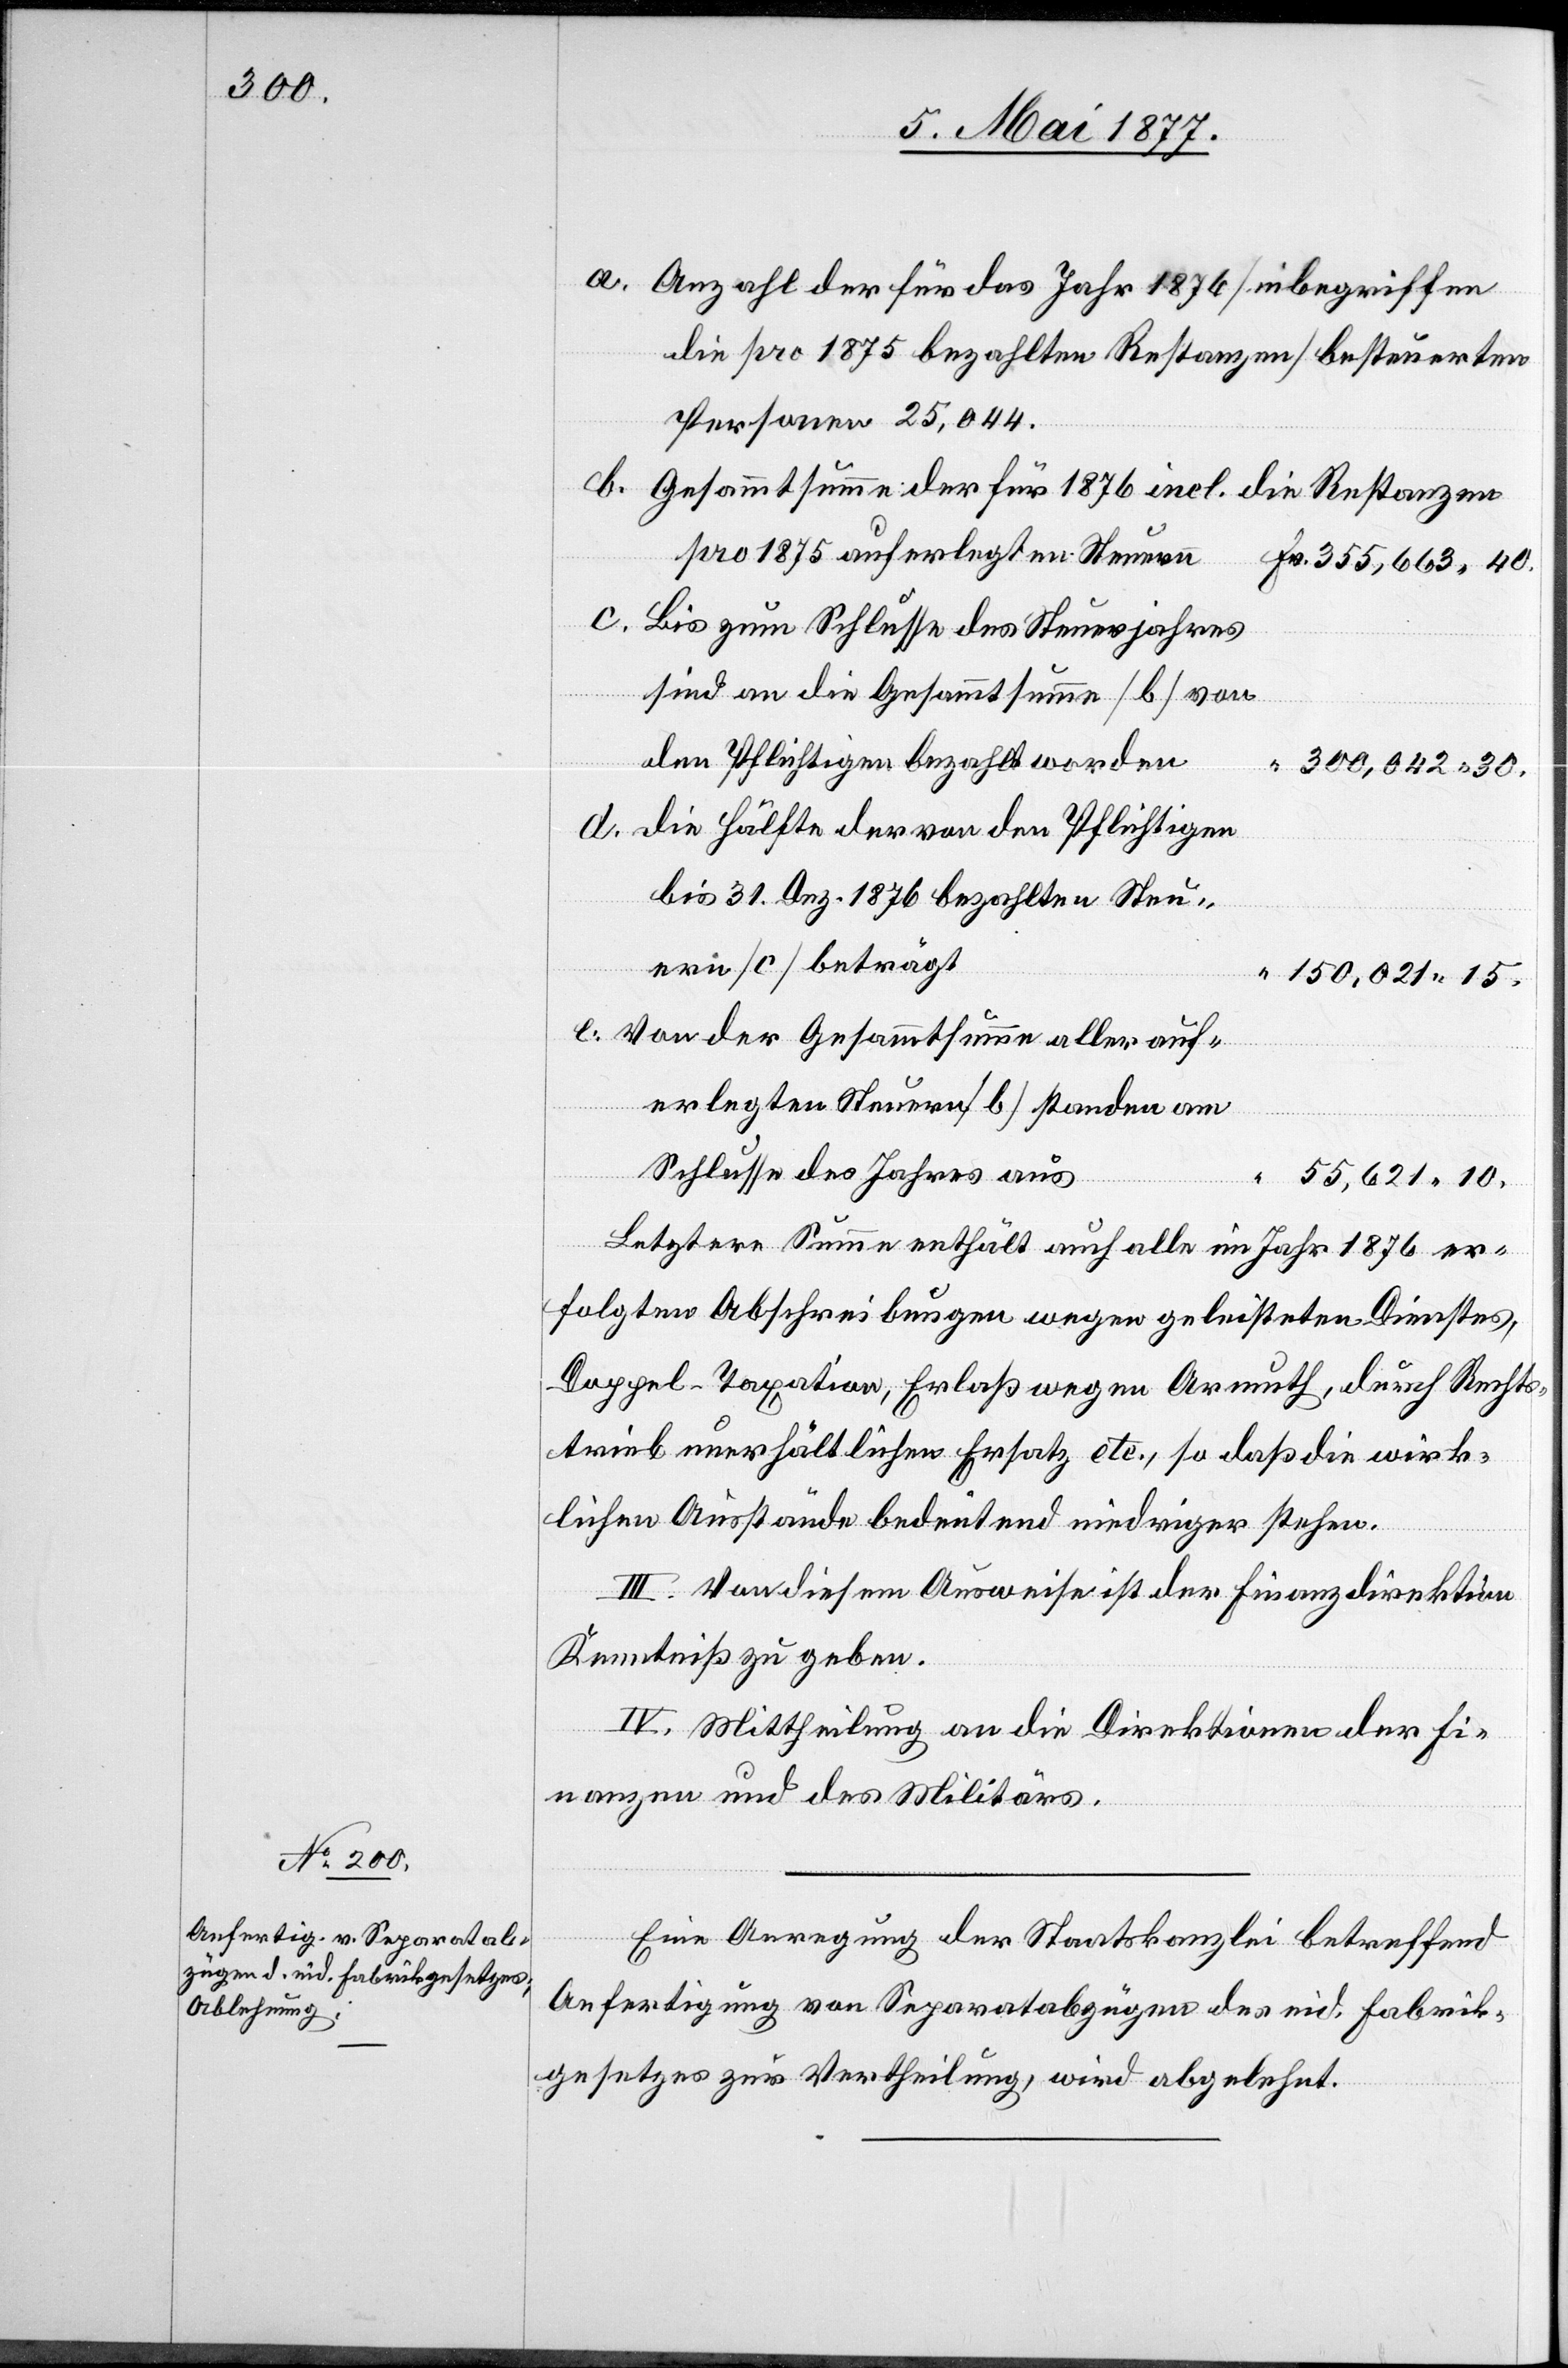
30.

a. Anzahl der für das Jahr 1876 [inbegriffen
die pro 1875 bezahlten Restanzen] besteuerten
Personen 25,044
b. Gesammtsumme der für 1876 incl. die Restanzen
pro 1875 auferlegten Steuern
c. Bis zum Schlusse des Steuerjahres
sind an die Gesammtsumme [b] von
den Pflichtigen bezahlt worden
d. Die Hälfte der von den Pflichtigen
bis 31. Dez. 1876 bezahlten Steu¬
ern [c] beträgt
150,021
e. von der Gesammtsumme aller auf¬
erlegten Steuern [b] standen am
Fr.
Schlusse des Jahres aus
Letztere Summe enthält auch alle im Jahr 1876 er¬
folgten Abschreibungen wegen geleisteten Dienstes,
Doppel-Taxation, Erlaß wegen Armuth, durch Rechts¬
trieb unerhältlichen Ersatz etc., so daß die wirk¬
lichen Ausstände bedeutend niedriger stehen.
III. Von diesem Ausweise ist der Finanzdirektion
Kenntniß zu geben.
IV. Mittheilung an die Direktionen der Fi¬
nanzen und des Militärs.
Eine Anregung der Staatskanzlei betreffend
Anfertigung von Separatabzügen des eid. Fabrik¬
gesetzes zur Vertheilung, wird abgelehnt.